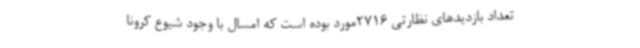
تعداد بازدیدهای نظارتی 2716مورد بوده است که امسال با وجود شیوع کرونا